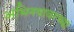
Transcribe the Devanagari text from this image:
अभिनयावरच्या